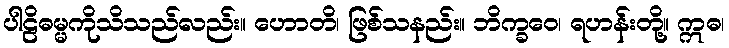
ပါဠိဓမ္မကိုသိသည်လည်း။ ဟောတိ၊ ဖြစ်သနည်း။ ဘိက္ခဝေ၊ ရဟန်းတို့။ ဣဓ၊